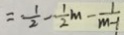
= \frac { 1 } { 2 } - \frac { 1 } { 2 } m - \frac { 1 } { m - 1 }